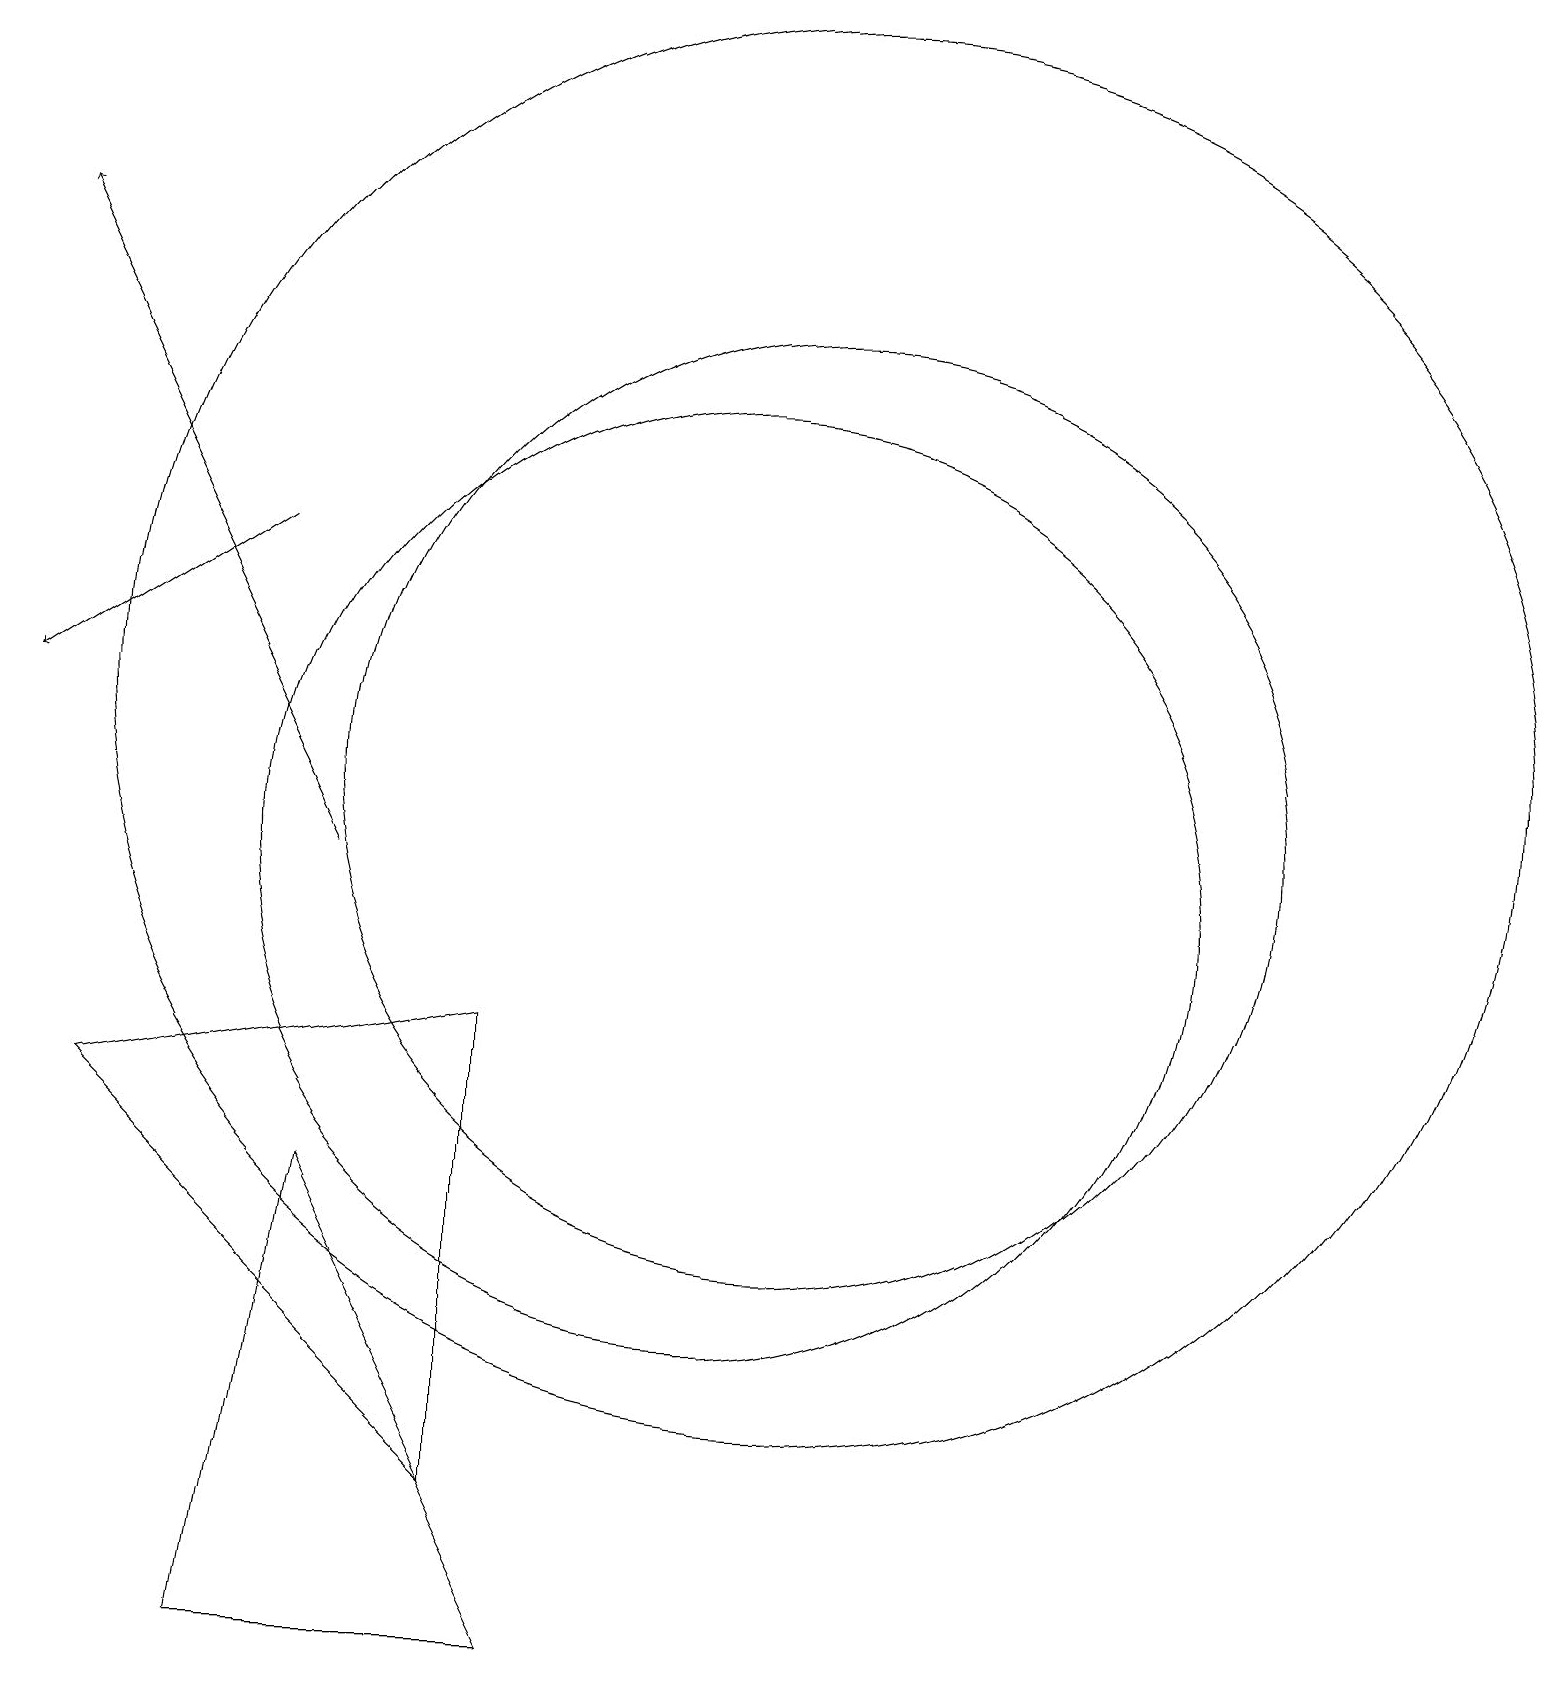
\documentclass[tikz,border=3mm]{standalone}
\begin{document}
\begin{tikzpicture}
\draw (10,10) circle (6);
\draw (7,2) -- (7,8) -- (2,7) -- cycle;
\draw[->] (4,14) -- (1,12);
\draw (5,6) -- (4,0) -- (8,0) -- cycle;
\draw[->] (5,10) -- (1,18);
\draw (11,11) circle (6);
\draw (11,12) circle (9);
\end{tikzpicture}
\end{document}